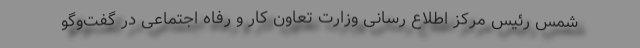
شمس رئیس مرکز اطلاع رسانی وزارت تعاون کار و رفاه اجتماعی در گفت‌وگو